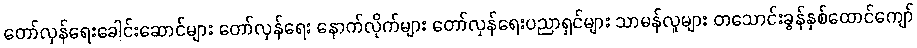
တော်လှန်ရေးခေါင်းဆောင်များ တော်လှန်ရေး နောက်လိုက်များ တော်လှန်ရေးပညာရှင်များ သာမန်လူများ တသောင်းခွန်နှစ်ထောင်ကျော်